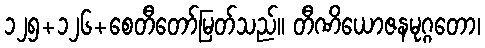
၁၂၅+၁၂၆+စေတီတော်မြတ်သည်။ တီဏိယောဇနမုဂ္ဂတော၊